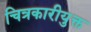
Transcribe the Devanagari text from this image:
चित्रकारीयुक्त